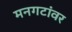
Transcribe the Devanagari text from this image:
मनगटांवर